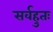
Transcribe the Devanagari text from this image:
सर्वहुतः